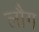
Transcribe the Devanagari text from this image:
लौग